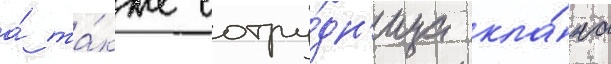
а́ та́кже сотру́дн'ица кла́на